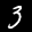
Label: 3